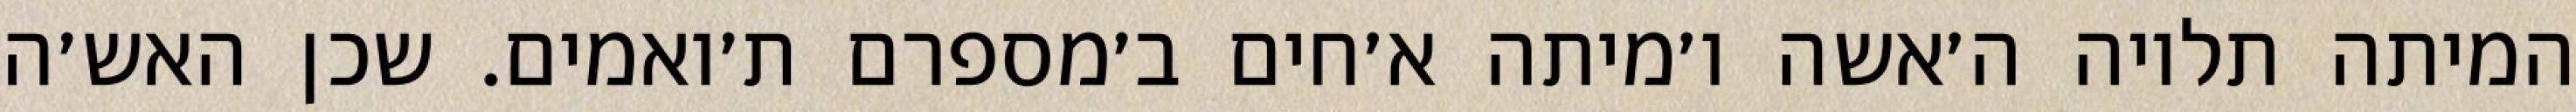
המיתה תלויה ה׳אשה ו׳מיתה א׳חים ב׳מספרם ת׳ואמים. שכן האש׳ה